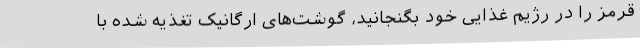
قرمز را در رژیم غذایی خود بگنجانید، گوشت‌های ارگانیک تغذیه شده با